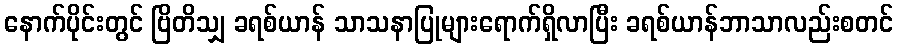
နောက်ပိုင်းတွင် ဗြိတိသျှ ခရစ်ယာန် သာသနာပြုများရောက်ရှိလာပြီး ခရစ်ယာန်ဘာသာလည်းစတင်